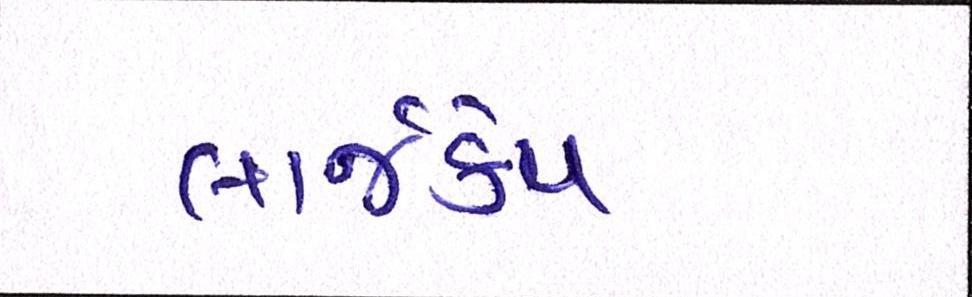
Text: લાર્જકેપ